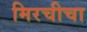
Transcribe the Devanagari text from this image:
मिरचीचा